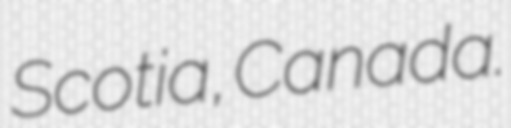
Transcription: Scotia, Canada.